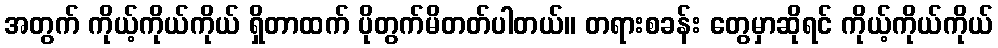
အတွက် ကိုယ့်ကိုယ်ကိုယ် ရှိတာထက် ပိုတွက်မိတတ်ပါတယ်။ တရားစခန်း တွေမှာဆိုရင် ကိုယ့်ကိုယ်ကိုယ်